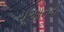
ચૂઆનની